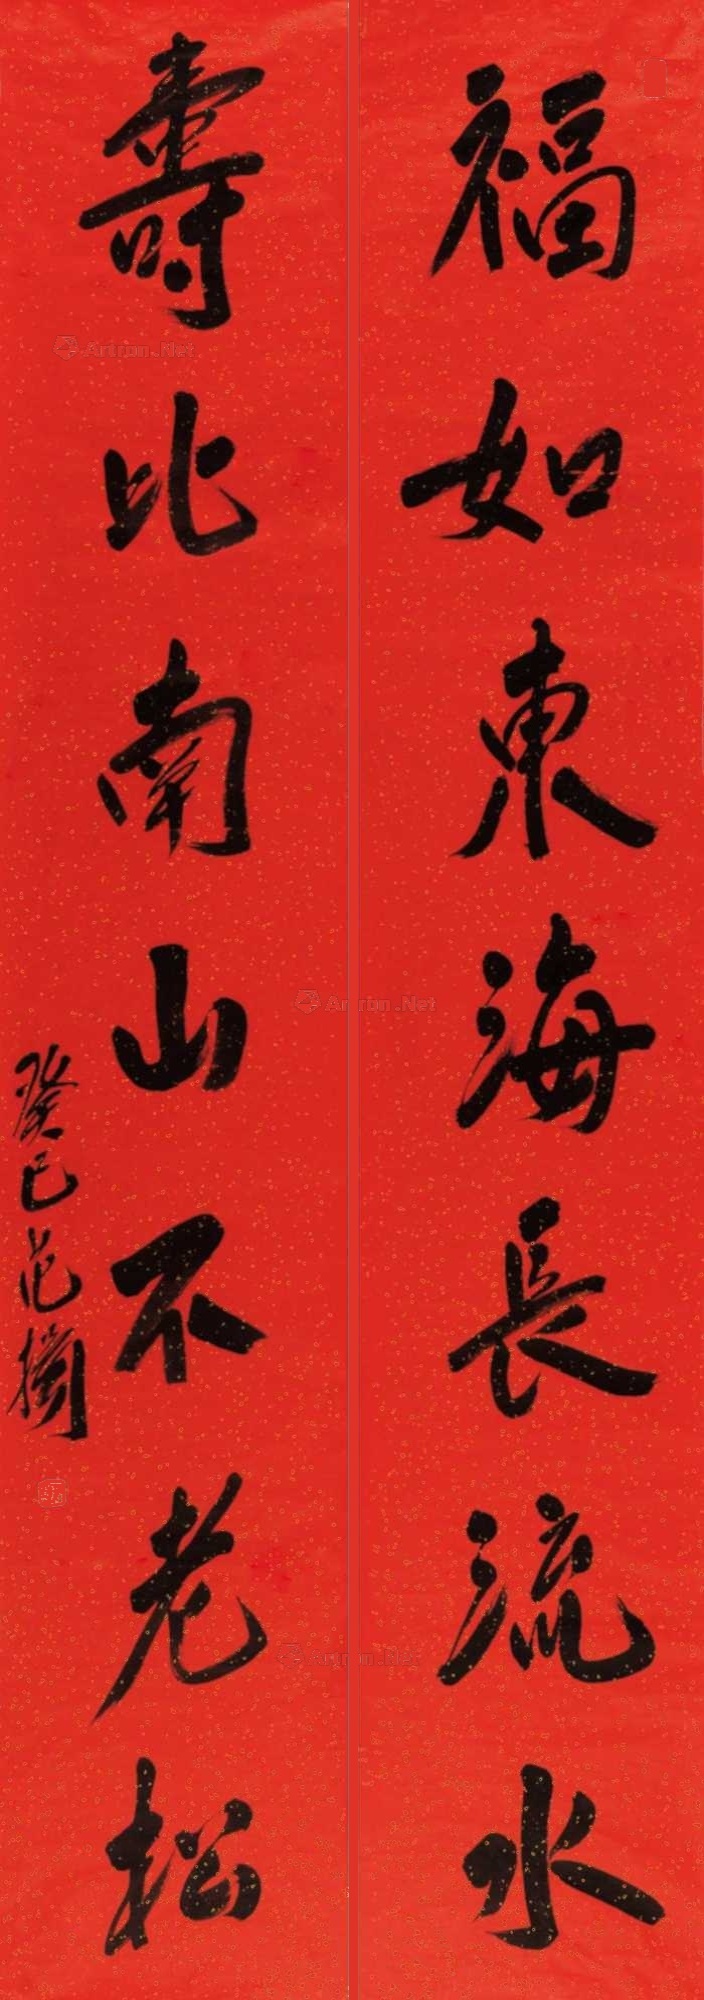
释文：福如东海长流水，寿比南山不老松。癸巳范扬。